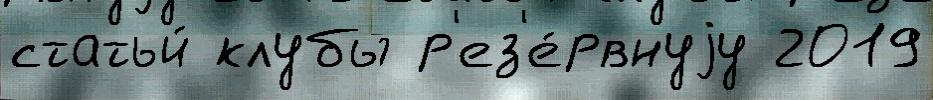
статьи́ клубы р'ез'е́рвнуjу 2019